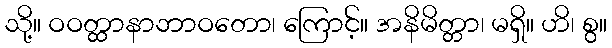
သို့။ ဝဝတ္ထာနာဘာဝတော၊ ကြောင့်။ အနိမိတ္တာ၊ မရှိ။ ဟိ၊ စွ။